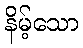
နိမ့်သော